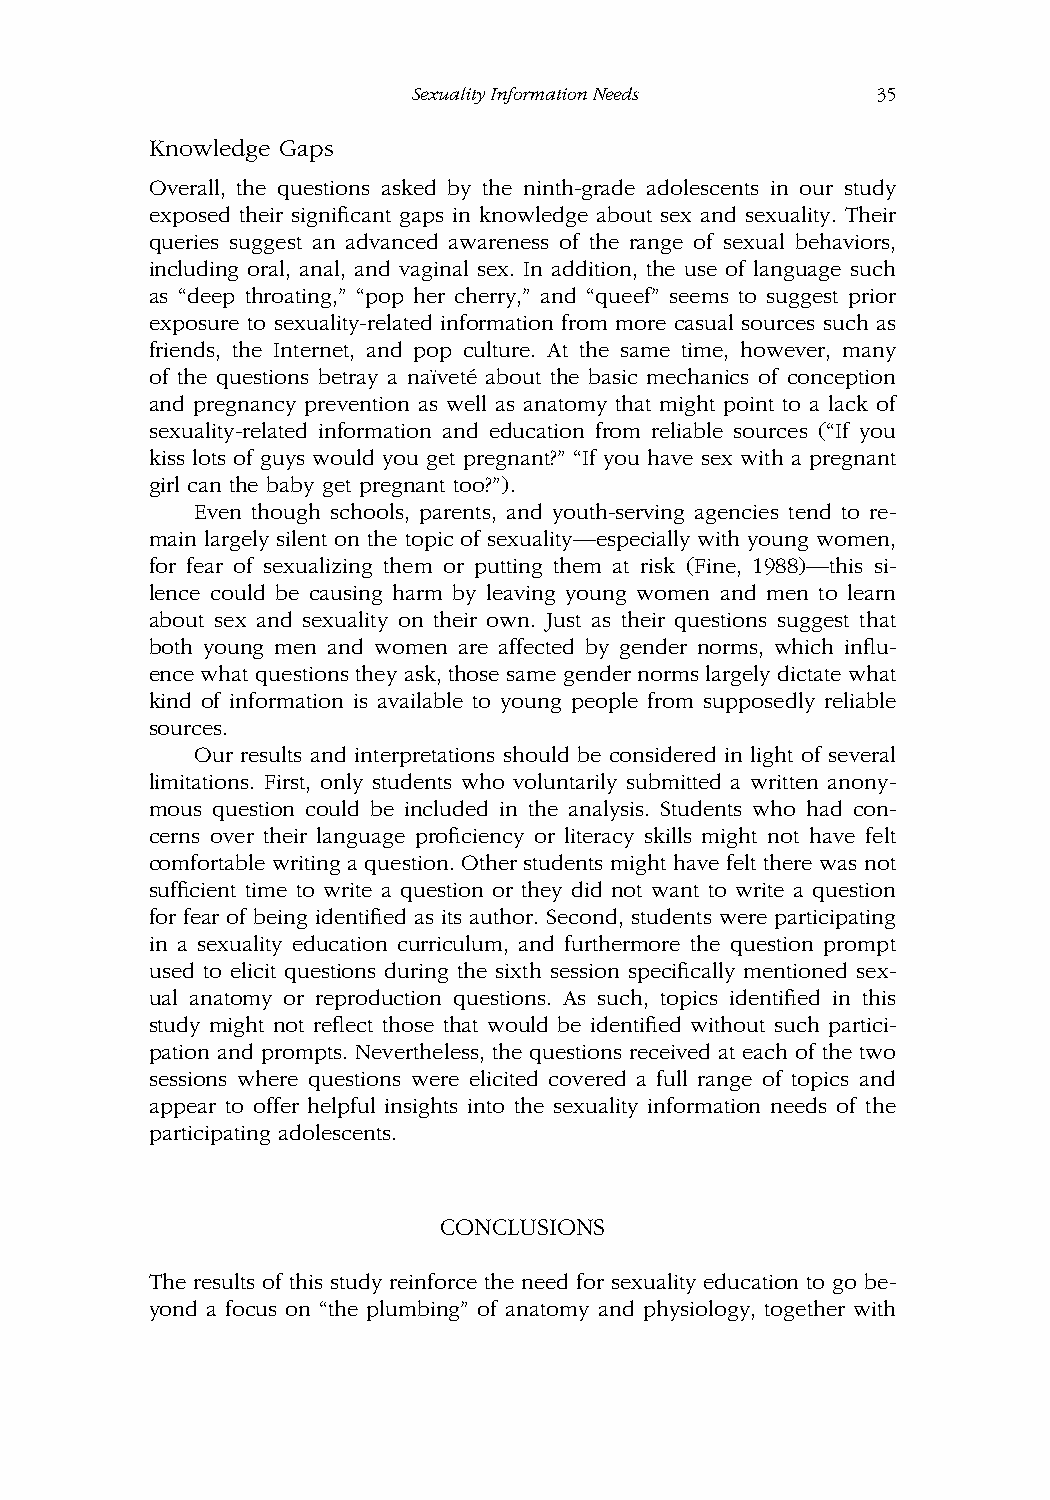
SexualityInformationNeeds      35
 Knowledge Gaps
 Overall, the questions asked by the ninth-grade adolescents in our study
 exposed their significant gaps in knowledge about sex and sexuality. Their
 queries suggest an advanced awareness of the range of sexual behaviors,
 including oral, anal, and vaginal sex. In addition, the use of language such
 as “deep throating,” “pop her cherry,” and “queef” seems to suggest prior
 exposure to sexuality-related information from more casual sources such as
 friends, the Internet, and pop culture. At the same time, however, many
 of the questions betray a na¨ıvete´ about the basic mechanics of conception
 and pregnancy prevention as well as anatomy that might point to a lack of
 sexuality-related information and education from reliable sources (“If you
 kiss lots of guys would you get pregnant?” “If you have sex with a pregnant
 girl can the baby get pregnant too?”).
 Even though schools, parents, and youth-serving agencies tend to re-
 main largely silent on the topic of sexuality—especially with young women,
 for fear of sexualizing them or putting them at risk (Fine, 1988)—this si-
 lence could be causing harm by leaving young women and men to learn
 about sex and sexuality on their own. Just as their questions suggest that
 both young men and women are affected by gender norms, which influ-
 ence what questions they ask, those same gender norms largely dictate what
 kind of information is available to young people from supposedly reliable
 sources.
 Our results and interpretations should be considered in light of several
 limitations. First, only students who voluntarily submitted a written anony-
 mous question could be included in the analysis. Students who had con-
 cerns over their language proficiency or literacy skills might not have felt
 comfortable writing a question. Other students might have felt there was not
 sufficient time to write a question or they did not want to write a question
 for fear of being identified as its author. Second, students were participating
 in a sexuality education curriculum, and furthermore the question prompt
 used to elicit questions during the sixth session specifically mentioned sex-
 ual anatomy or reproduction questions. As such, topics identified in this
 study might not reflect those that would be identified without such partici-
 pation and prompts. Nevertheless, the questions received at each of the two
 sessions where questions were elicited covered a full range of topics and
 appear to offer helpful insights into the sexuality information needs of the
 participating adolescents.
 CONCLUSIONS
 The results of this study reinforce the need for sexuality education to go be-
 yond a focus on “the plumbing” of anatomy and physiology, together with